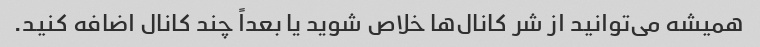
همیشه می‌توانید از شر کانال‌ها خلاص شوید یا بعداً چند کانال اضافه کنید.